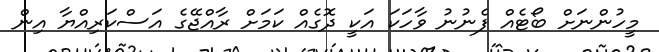
މީހުންނަށް ބޯޓެއް ފެނުނު ވާހަކަ އަކީ ދޮގެއް ކަމަށް ރާއްޖޭގެ އަސްކަރިއްޔާ އިން